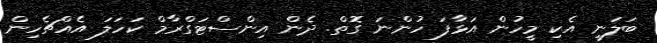
ބަލަނީ އެކި މީހުން އަޅާފަ ހުންނަ ގޮތް. ދެން އިންސްޓަގްރާމް ކަހަލަ އެއްޗެހިން